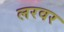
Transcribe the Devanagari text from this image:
लरवर